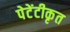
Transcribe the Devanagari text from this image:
पेटेंटीकृत